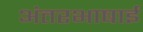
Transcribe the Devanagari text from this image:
अंतरभाषाई